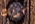
كذلك